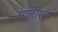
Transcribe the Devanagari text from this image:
मालीराम